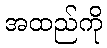
အထည်ကို